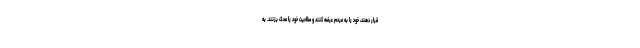
قرار دهند، خود را به مردم عرضه کنند و صلاحیت خود را محک بزنند. به